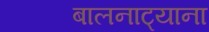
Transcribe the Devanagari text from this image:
बालनाट्याना